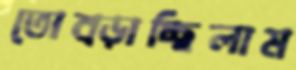
তোব্‌ড়াচ্ছিলাম